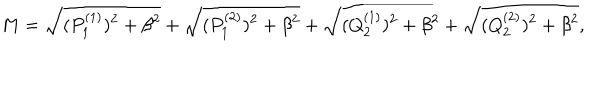
M = \sqrt { ( P _ { 1 } ^ { ( 1 ) } ) ^ { 2 } + \beta ^ { 2 } } + \sqrt { ( P _ { 1 } ^ { ( 2 ) } ) ^ { 2 } + \beta ^ { 2 } } + \sqrt { ( Q _ { 2 } ^ { ( 1 ) } ) ^ { 2 } + \beta ^ { 2 } } + \sqrt { ( Q _ { 2 } ^ { ( 2 ) } ) ^ { 2 } + \beta ^ { 2 } } ,